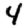
Digit: 4